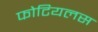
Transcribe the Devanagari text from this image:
फोटियलस